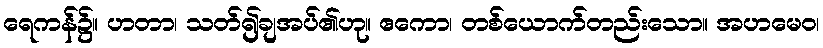
ရေကန်၌။ ဟတာ၊ သတ်၍ချအပ်၏ဟု။ ဧကော၊ တစ်ယောက်တည်းသော။ အဟမေဝ၊